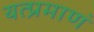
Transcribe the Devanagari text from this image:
यत्प्रमाणं